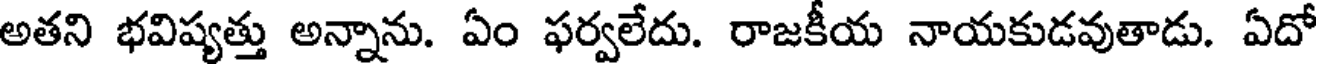
అతని భవిష్యత్తు అన్నాను. ఏం ఫర్వలేదు. రాజకీయ నాయకుడవుతాడు. ఏదో